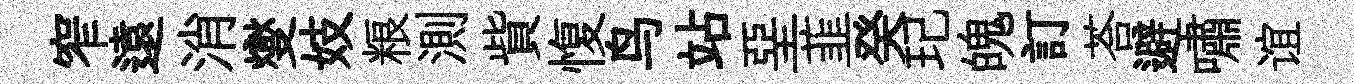
窄遠消燮妓粮測貲愎鸟站堊韮癸玘魄訂荅避嘯谊